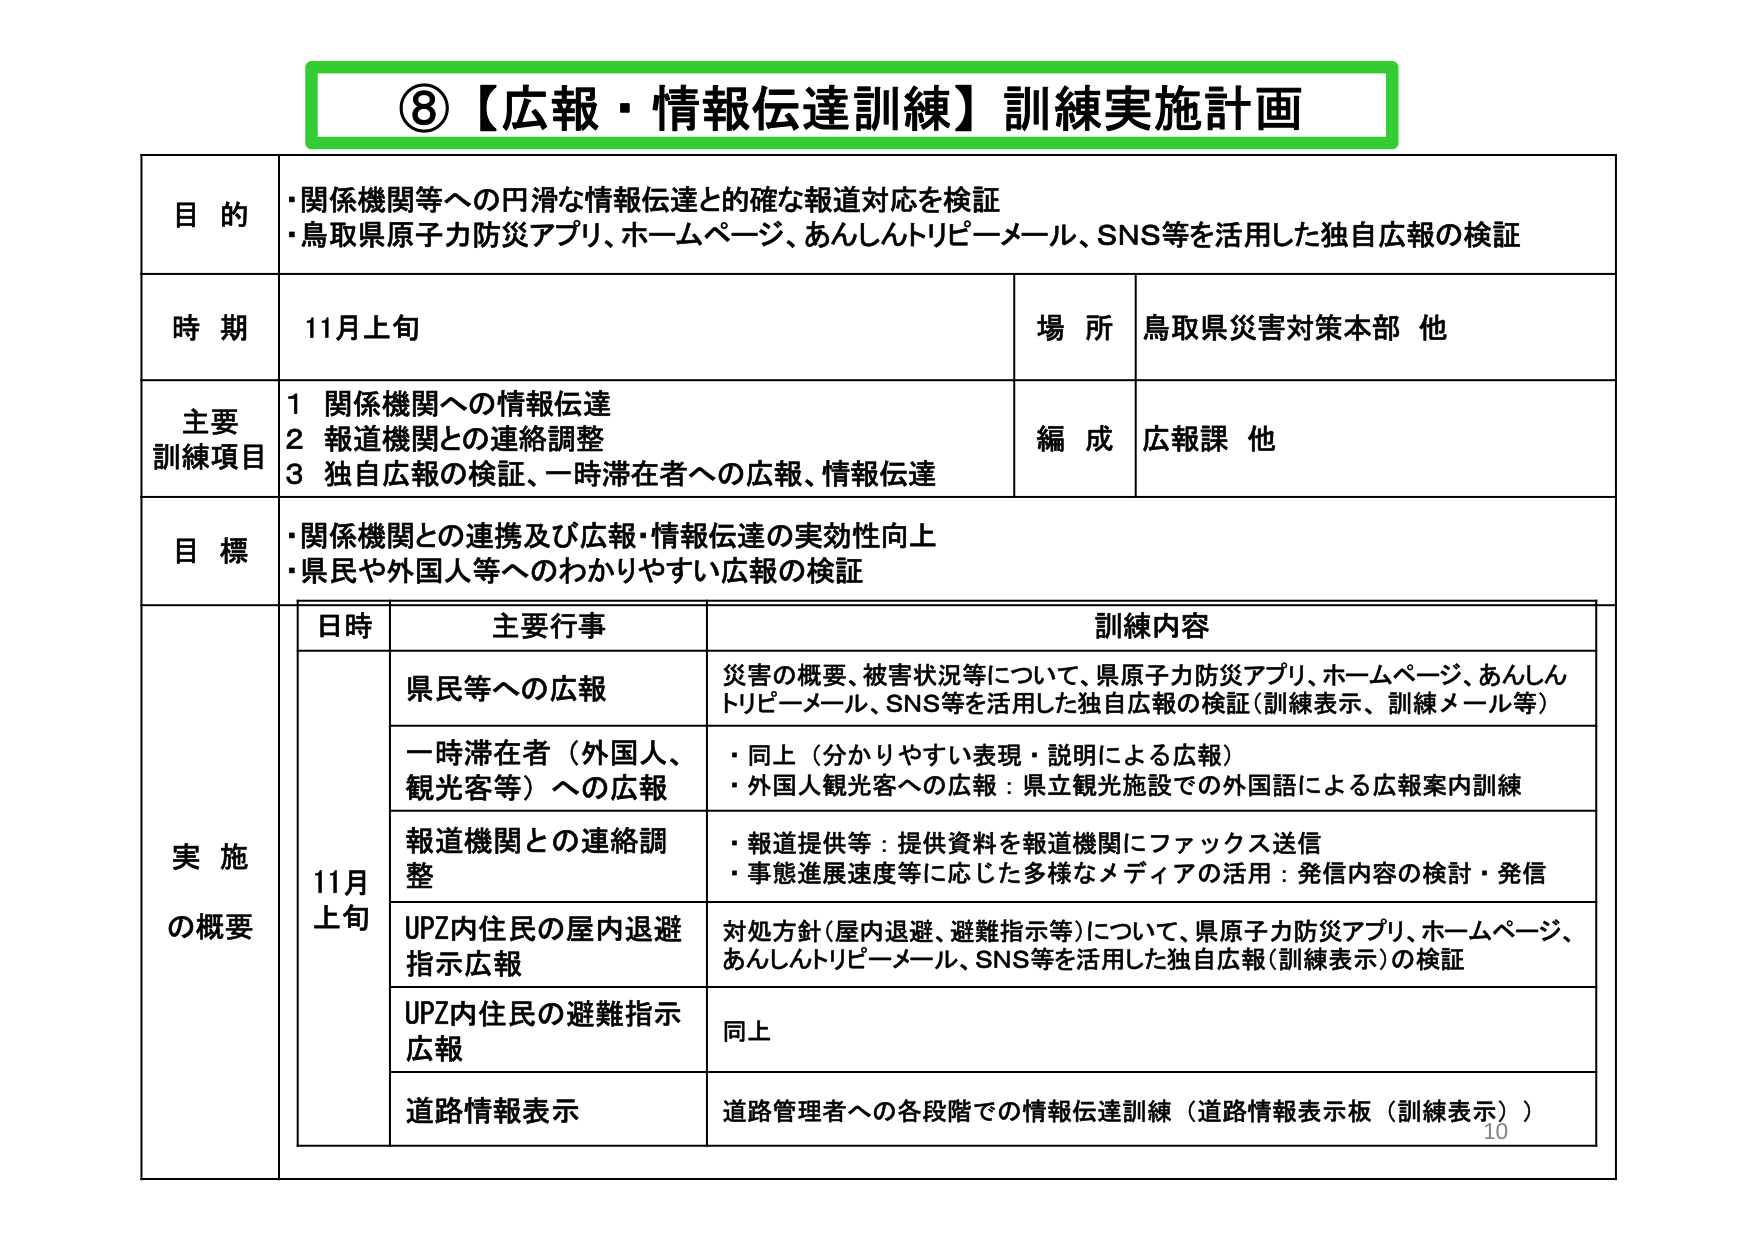
⑧【広報・情報伝達訓練】訓練実施計画

目的
・関係機関等への円滑な情報伝達と的確な報道対応を検証
・鳥取県原子力防災アプリ、ホームページ、あんしんトリピーメール、SNS等を活用した独自広報の検証

時期
11月上旬

場所
鳥取県災害対策本部 他

主要訓練項目
1 関係機関への情報伝達
2 報道機関との連絡調整
3 独自広報の検証、一時滞在者への広報、情報伝達

編成
広報課 他

目標
・関係機関との連携及び広報・情報伝達の実効性向上
・県民や外国人等へのわかりやすい広報の検証

実施の概要

日時 主要行事 訓練内容

11月上旬

県民等への広報
災害の概要、被害状況等について、県原子力防災アプリ、ホームページ、あんしんトリピーメール、SNS等を活用した独自広報の検証（訓練表示、訓練メール等）

一時滞在者（外国人、観光客等）への広報
・同上（分かりやすい表現・説明による広報）
・外国人観光客への広報：県立観光施設での外国語による広報案内訓練

報道機関との連絡調整
・報道提供等：提供資料を報道機関にファックス送信
・事態進展速度等に応じた多様なメディアの活用：発信内容の検討・発信

UPZ内住民の屋内退避指示広報
対処方針（屋内退避、避難指示等）について、県原子力防災アプリ、ホームページ、あんしんトリピーメール、SNS等を活用した独自広報（訓練表示）の検証

UPZ内住民の避難指示広報
同上

道路情報表示
道路管理者への各段階での情報伝達訓練（道路情報表示板（訓練表示））

10